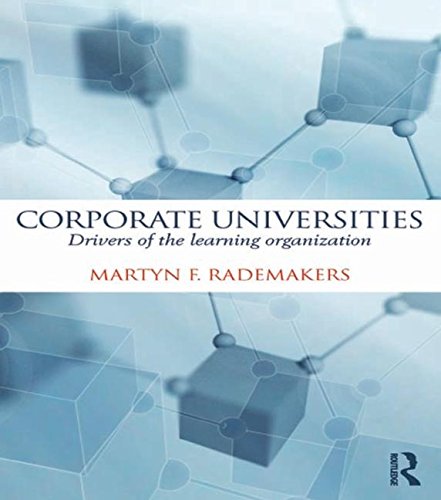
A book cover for Corporate Universities: Drivers of the Learning Organization; Martijn Rademakers; Business & Money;